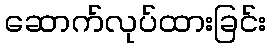
ဆောက်လုပ်ထားခြင်း